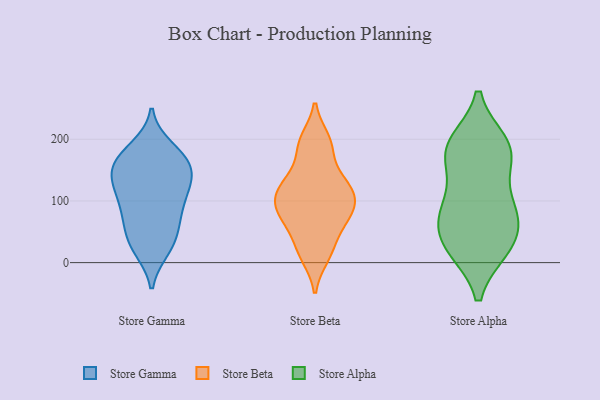
{"axis": {"x": "Population (Million)", "y": "Value"}, "legend": ["Store Alpha", "Store Beta", "Store Gamma"], "data": [{"x": "", "y": 71, "type": "Store Gamma"}, {"x": "", "y": 150, "type": "Store Gamma"}, {"x": "", "y": 186, "type": "Store Gamma"}, {"x": "", "y": 133, "type": "Store Gamma"}, {"x": "", "y": 80, "type": "Store Gamma"}, {"x": "", "y": 152, "type": "Store Gamma"}, {"x": "", "y": 121, "type": "Store Gamma"}, {"x": "", "y": 154, "type": "Store Gamma"}, {"x": "", "y": 99, "type": "Store Gamma"}, {"x": "", "y": 116, "type": "Store Gamma"}, {"x": "", "y": 168, "type": "Store Gamma"}, {"x": "", "y": 179, "type": "Store Gamma"}, {"x": "", "y": 166, "type": "Store Gamma"}, {"x": "", "y": 26, "type": "Store Gamma"}, {"x": "", "y": 48, "type": "Store Gamma"}, {"x": "", "y": 73, "type": "Store Gamma"}, {"x": "", "y": 22, "type": "Store Gamma"}, {"x": "", "y": 29, "type": "Store Gamma"}, {"x": "", "y": 122, "type": "Store Gamma"}, {"x": "", "y": 69, "type": "Store Beta"}, {"x": "", "y": 103, "type": "Store Beta"}, {"x": "", "y": 113, "type": "Store Beta"}, {"x": "", "y": 186, "type": "Store Beta"}, {"x": "", "y": 128, "type": "Store Beta"}, {"x": "", "y": 86, "type": "Store Beta"}, {"x": "", "y": 30, "type": "Store Beta"}, {"x": "", "y": 134, "type": "Store Beta"}, {"x": "", "y": 11, "type": "Store Beta"}, {"x": "", "y": 198, "type": "Store Beta"}, {"x": "", "y": 77, "type": "Store Beta"}, {"x": "", "y": 84, "type": "Store Alpha"}, {"x": "", "y": 28, "type": "Store Alpha"}, {"x": "", "y": 39, "type": "Store Alpha"}, {"x": "", "y": 182, "type": "Store Alpha"}, {"x": "", "y": 24, "type": "Store Alpha"}, {"x": "", "y": 85, "type": "Store Alpha"}, {"x": "", "y": 187, "type": "Store Alpha"}, {"x": "", "y": 85, "type": "Store Alpha"}, {"x": "", "y": 24, "type": "Store Alpha"}, {"x": "", "y": 91, "type": "Store Alpha"}, {"x": "", "y": 168, "type": "Store Alpha"}, {"x": "", "y": 177, "type": "Store Alpha"}, {"x": "", "y": 192, "type": "Store Alpha"}]}